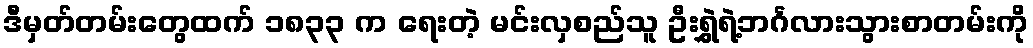
ဒီမှတ်တမ်းတွေထက် ၁၈၃၃ က ရေးတဲ့ မင်းလှစည်သူ ဦးရွှဲရဲ့ဘင်္ဂလားသွားစာတမ်းကို